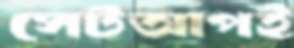
সেটআপই